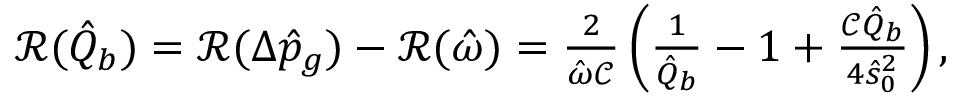
\begin{array} { r } { \mathcal { R } ( \hat { Q } _ { b } ) = \mathcal { R } ( \Delta \hat { p } _ { g } ) - \mathcal { R } ( \hat { \omega } ) = \frac { 2 } { \hat { \omega } \mathcal { C } } \left( \frac { 1 } { \hat { Q } _ { b } } - 1 + \frac { \mathcal { C } \hat { Q } _ { b } } { 4 \hat { s } _ { 0 } ^ { 2 } } \right) , } \end{array}